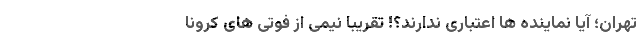
تهران؛ آیا نماینده ها اعتباری ندارند؟! تقریبا نیمی از فوتی های کرونا